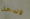
وتدخل